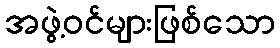
အဖွဲ့ဝင်များဖြစ်သော